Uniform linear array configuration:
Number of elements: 32
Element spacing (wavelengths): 0.5
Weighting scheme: binomial
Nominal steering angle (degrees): -60
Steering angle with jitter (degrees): -59.534
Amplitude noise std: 0.05
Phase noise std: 0.05

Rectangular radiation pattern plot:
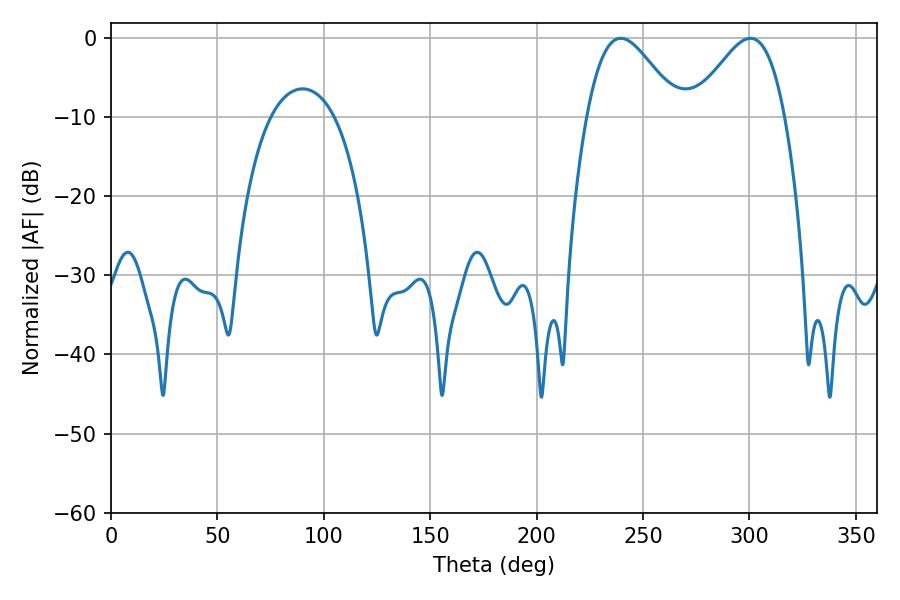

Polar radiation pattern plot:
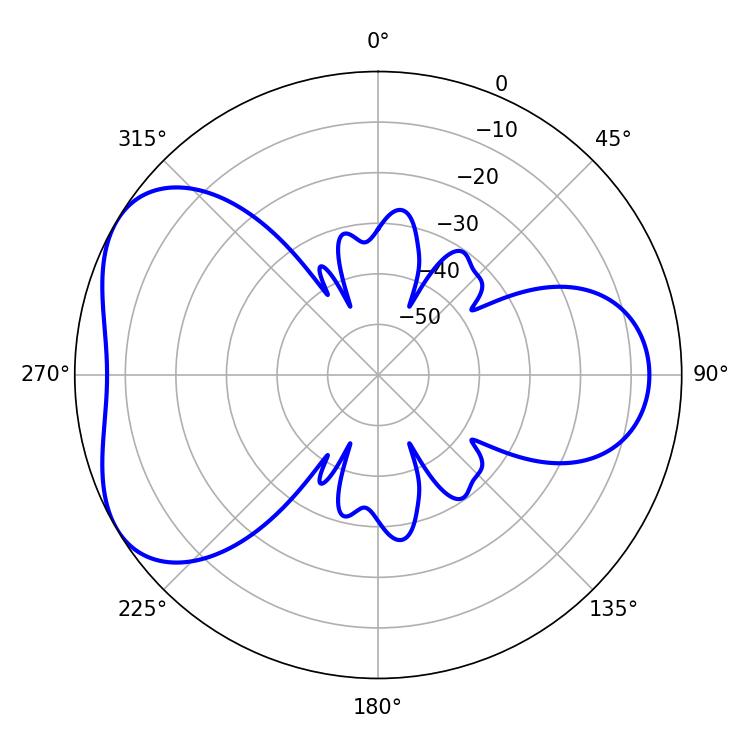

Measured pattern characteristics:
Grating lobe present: FALSE
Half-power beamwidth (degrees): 23.04
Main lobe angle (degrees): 239.58